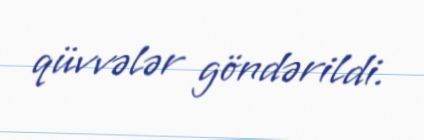
qüvvələr göndərildi.